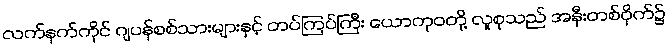
လက်နက်ကိုင် ဂျပန်စစ်သားများနှင့် တပ်ကြပ်ကြီး ယောကုဝတို့ လူစုသည် အနီးတစ်ဝိုက်၌